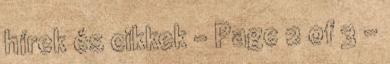
hírek és cikkek - Page 2 of 3 -